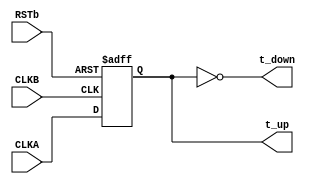
// This program was cloned from: https://github.com/intel/aib-phy-hardware
// License: Apache License 2.0

// SPDX-License-Identifier: Apache-2.0
// Copyright (C) 2019 Intel Corporation. All rights reserved
// Library - aibcr3_lib, Cell - aibcri3_dcc_phasedet, View - schematic

`timescale 1ps/1ps
module aibcr3_dcc_phasedet
#(
parameter FF_DELAY     = 200
)
( 
output wire 	  t_down, 
output reg 	  t_up, 
input  wire 	  CLKA, 
input  wire	  CLKB,
input  wire	  RSTb);

`ifdef TIMESCALE_EN
                timeunit 100fs;
                timeprecision 100fs;
`endif

always @(posedge CLKB or negedge RSTb)
  if (~RSTb)           t_up <= #FF_DELAY 1'b1;
  else                 t_up <= #FF_DELAY CLKA;

assign t_down = !t_up;


endmodule